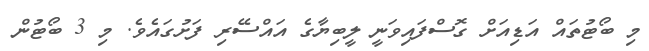
މި ބޯޓުތައް އަޑިއަށް ގޮސްފައިވަނީ ލީބިޔާގެ އައްސޭރި ފަށުގައެވެ. މި 3 ބޯޓުން